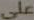
على